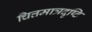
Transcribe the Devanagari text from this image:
चित्तमात्रदृष्टि